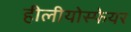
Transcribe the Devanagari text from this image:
हीलीयोस्फेयर